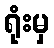
ရုံးမှ